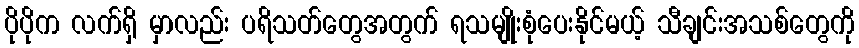
ပိုပိုက လက်ရှိ မှာလည်း ပရိသတ်တွေအတွက် ရသမျိုးစုံပေးနိုင်မယ့် သီချင်းအသစ်တွေကို